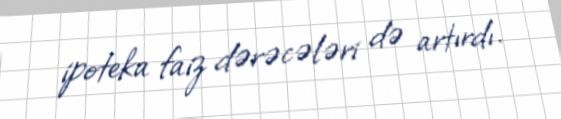
ipoteka faiz dərəcələri də artırdı.